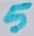
Text: 5